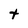
Character: t